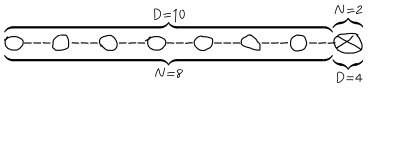
\underbrace { \overbrace { \bigcirc \! \! - \! \! \! - \! \! \! - \! \! \bigcirc \! \! - \! \! \! - \! \! \! - \! \! \bigcirc \! \! - \! \! \! - \! \! \! - \! \! \bigcirc \! \! - \! \! \! - \! \! \! - \! \! \bigcirc \! \! - \! \! \! - \! \! \! - \! \! \bigcirc \! \! - \! \! \! - \! \! \! - \! \! \bigcirc \! \! - \! \! \! - \! \! \! - \! \! } ^ { D = 1 0 } } _ { N = 8 } \underbrace { \overbrace { \bigotimes } ^ { N = 2 } } _ { D = 4 }